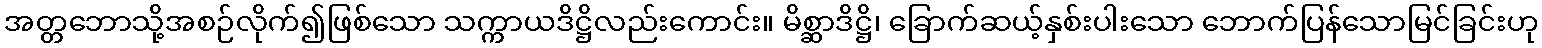
အတ္တဘောသို့အစဉ်လိုက်၍ဖြစ်သော သက္ကာယဒိဋ္ဌိလည်းကောင်း။ မိစ္ဆာဒိဋ္ဌိ၊ ခြောက်ဆယ့်နှစ်းပါးသော ဘောက်ပြန်သောမြင်ခြင်းဟု